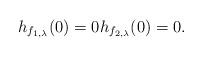
LaTeX: \begin{align*}h_{f_{1,\lambda}}(0) = 0 h_{f_{2,\lambda}}(0)=0.\end{align*}